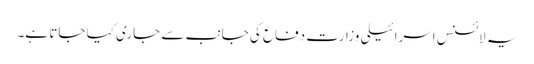
یہ لائسنس اسرائیلی وزارت دفاع کی جانب سے جاری کیا جاتا ہے۔